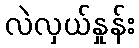
လဲလှယ်နှုန်း